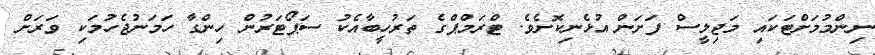
ނިންމުމަށްޓަކައި މަޖިލީސް ފަށަން އުޅެނިކޮށެވެ. ޓްރަމްޕްގެ ތަރުހީބާއެކު ސަޕޯޓަރުން ހިންގާ ހަމަނުޖެހުމަކި ވަރަށް